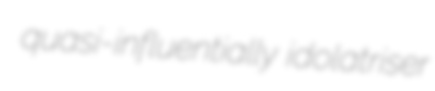
quasi-influentially idolatriser